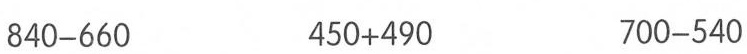
840-660 450+490 700-540